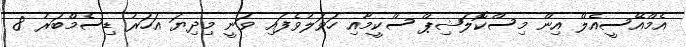
އެމްއޭސީއެލް އިން މިސްކޮލަޝިޕް ސްކީމާއި ހަވަލުވެފައި ވަނީ މިދިޔަ އަހަރު ޑިސެމްބަރު 8